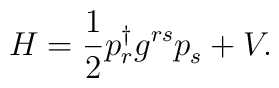
H = {1\over 2} p_r^{\dagger} g^{rs} p_s^{} + V.